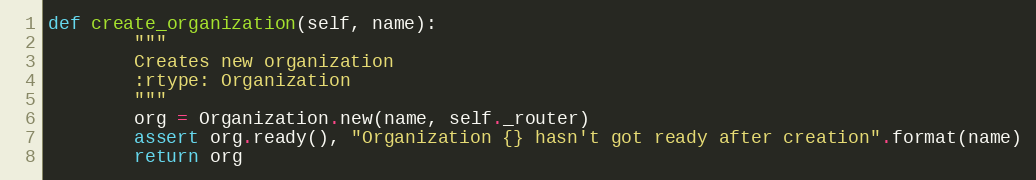
Language: Python
def create_organization(self, name):
        """
        Creates new organization
        :rtype: Organization
        """
        org = Organization.new(name, self._router)
        assert org.ready(), "Organization {} hasn't got ready after creation".format(name)
        return org